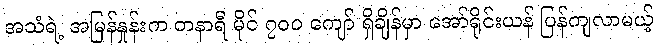
အသံရဲ့ အမြန်နှုန်းက တနာရီ မိုင် ၇၀၀ ကျော် ရှိချိန်မှာ အော်ရိုင်းယန် ပြန်ကျလာမယ့်